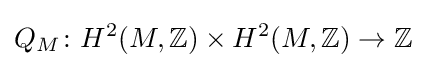
Q_{M}\colon H^{2}(M,\mathbb {Z} )\times H^{2}(M,\mathbb {Z} )\rightarrow \mathbb {Z}